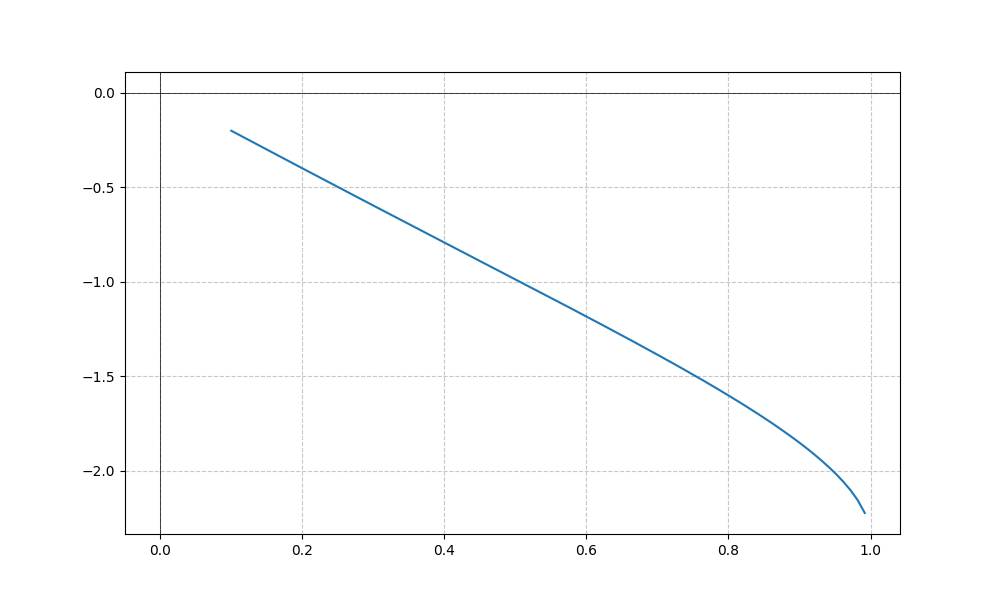
LaTeX formula: - \operatorname{acos}{\left(- x \right)} + \operatorname{acot}{\left(x \right)}